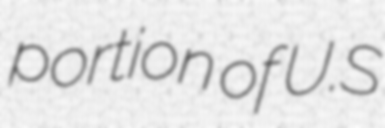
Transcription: portion of U.S